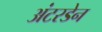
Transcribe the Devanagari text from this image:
अंटरडेन